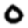
Digit: 0